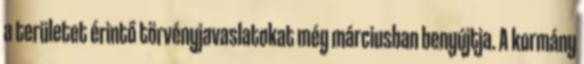
a területet érintő törvényjavaslatokat még márciusban benyújtja. A kormány